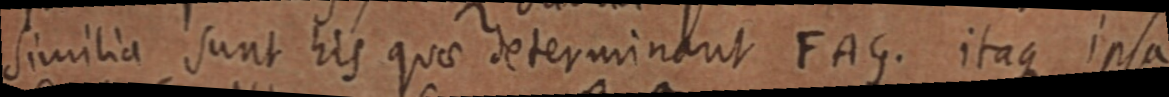
similia sunt his quae determinant FAG. itaque ipsa